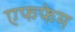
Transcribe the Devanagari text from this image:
एफफेम